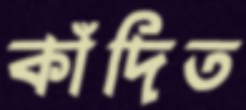
কাঁদিত